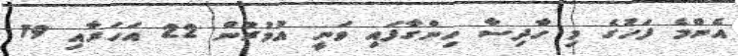
އެންމެ ފަހުގެ މި ހާދިސާ ހިންގާފައި ވަނީ އުމުރުން 22 އަހަރާއި 19